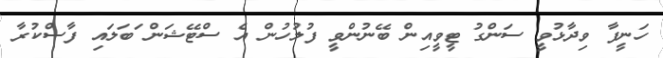
ހަނީފާ ވިދާޅުވީ ސަންގު ޓީވީއިން ބޭނުންވީ ފުލުހުން އެ ސްޓޭޝަން ަބަލައި ފާސްކުރާ